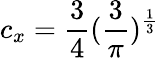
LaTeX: c_{x}=\frac{3}{4}(\frac{3}{\pi})^{\frac{1}{3}}